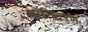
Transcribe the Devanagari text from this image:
मानिटरण